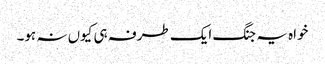
خواہ یہ جنگ ایک طرفہ ہی کیوں نہ ہو۔